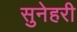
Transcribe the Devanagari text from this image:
सुनेहरी